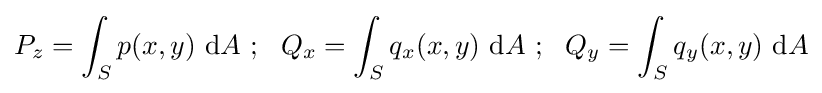
P_{z}=\int _{S}p(x,y)~\mathrm {d} A~;~~Q_{x}=\int _{S}q_{x}(x,y)~\mathrm {d} A~;~~Q_{y}=\int _{S}q_{y}(x,y)~\mathrm {d} A